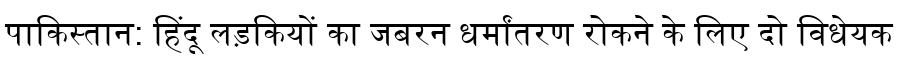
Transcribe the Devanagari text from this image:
पाकिस्तान: हिंदू लड़कियों का जबरन धर्मांतरण रोकने के लिए दो विधेयक